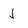
Character: J